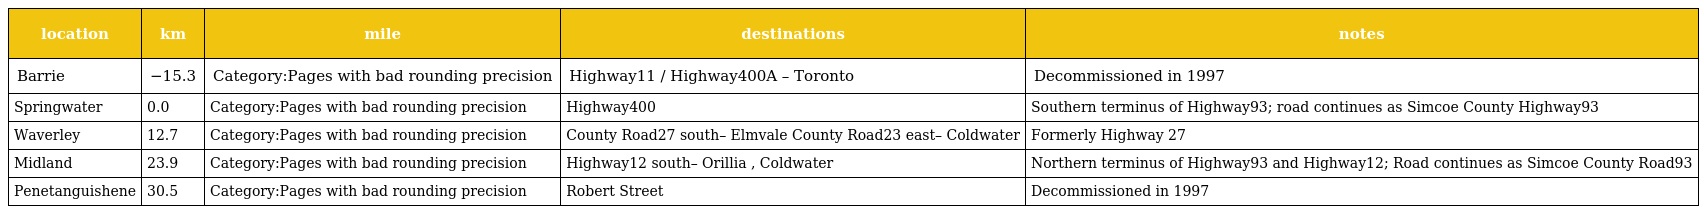
| location | km | mile | destinations | notes |
 | --- | --- | --- | --- | --- |
 | Barrie | −15.3 | Category:Pages with bad rounding precision | Highway11 / Highway400A – Toronto | Decommissioned in 1997 |
 | Springwater | 0.0 | Category:Pages with bad rounding precision | Highway400 | Southern terminus of Highway93; road continues as Simcoe County Highway93 |
 | Waverley | 12.7 | Category:Pages with bad rounding precision | County Road27 south– Elmvale County Road23 east– Coldwater | Formerly Highway 27 |
 | Midland | 23.9 | Category:Pages with bad rounding precision | Highway12 south– Orillia , Coldwater | Northern terminus of Highway93 and Highway12; Road continues as Simcoe County Road93 |
 | Penetanguishene | 30.5 | Category:Pages with bad rounding precision | Robert Street | Decommissioned in 1997 |